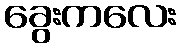
ခွေးကလေး